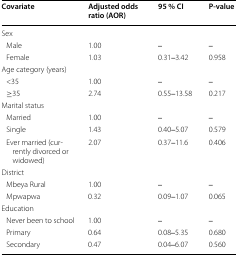
| Covariate | Adjusted odds ratio (AOR) | 95 % CI | P-value |
 | --- | --- | --- | --- |
 | <COLSPAN=4> Sex |
 | Male | 1.00 | ‒ | ‒ |
 | Female | 1.03 | 0.31‒3.42 | 0.958 |
 | <COLSPAN=4> Age category (years) |
 | <35 | 1.00 | ‒ | ‒ |
 | ≥35 | 2.74 | 0.55‒13.58 | 0.217 |
 | <COLSPAN=4> Marital status |
 | Married | 1.00 | ‒ | ‒ |
 | Single | 1.43 | 0.40‒5.07 | 0.579 |
 | Ever married (currently divorced or widowed) | 2.07 | 0.37‒11.6 | 0.406 |
 | <COLSPAN=4> District |
 | Mbeya Rural | 1.00 | ‒ | ‒ |
 | Mpwapwa | 0.32 | 0.09‒1.07 | 0.065 |
 | <COLSPAN=4> Education |
 | Never been to school | 1.00 | ‒ | ‒ |
 | Primary | 0.64 | 0.08‒5.35 | 0.680 |
 | Secondary | 0.47 | 0.04‒6.07 | 0.560 |